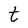
Character: t